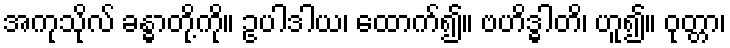
အကုသိုလ် ခန္ဓာတို့ကို။ ဥပါဒါယ၊ ထောက်၍။ ဗဟိဒ္ဓါတိ၊ ဟူ၍။ ဝုတ္တာ၊